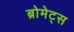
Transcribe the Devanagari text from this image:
ब्रोमेट्स